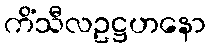
ကိံသီလဥဋ္ဌဟနော